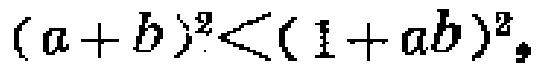
\((a + b)^2<(1 + ab)^2\)